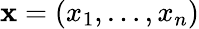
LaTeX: \mathbf{x}=(x_{1},\ldots,x_{n})